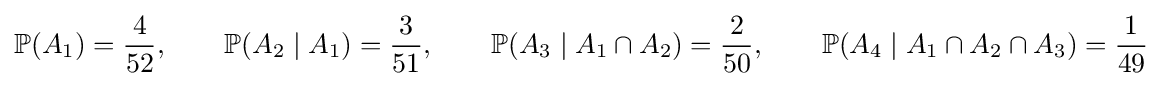
\mathbb {P} (A_{1})={\frac {4}{52}},\qquad \mathbb {P} (A_{2}\mid A_{1})={\frac {3}{51}},\qquad \mathbb {P} (A_{3}\mid A_{1}\cap A_{2})={\frac {2}{50}},\qquad \mathbb {P} (A_{4}\mid A_{1}\cap A_{2}\cap A_{3})={\frac {1}{49}}